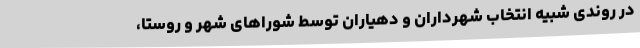
در روندی شبیه انتخاب شهرداران و دهیاران توسط شوراهای شهر و روستا،